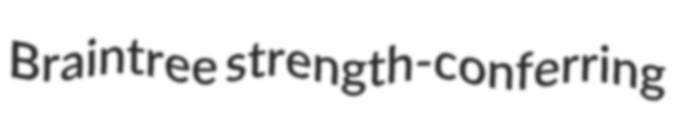
Braintree strength-conferring